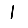
Digit: 1